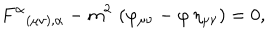
F ^ { \alpha } { } _ { ( \mu \nu ) , \alpha } - m ^ { 2 } \, \left( \varphi _ { \mu \nu } - \varphi \, \eta _ { \mu \nu } \right) = 0 ,